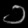
Digit: ၁